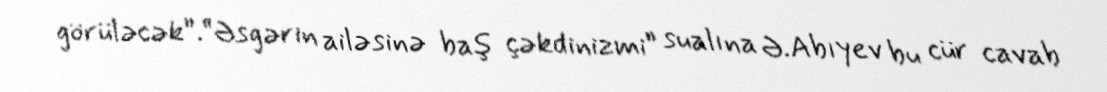
görüləcək”.“Əsgərin ailəsinə baş çəkdinizmi” sualına Ə.Abıyev bu cür cavab